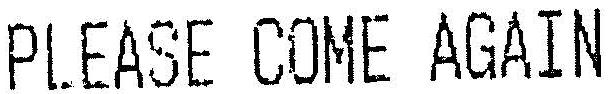
PLEASE COME AGAIN